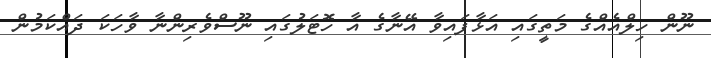
ނޫން ހިލްއެއްގެ މަތީގައި އަޅާފައިވާ އޭނާގެ އާ ހޮޓަލުގައި ނޫސްވެރިންނާ ވާހަކަ ދައްކަމުން